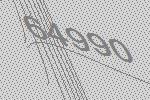
64990